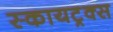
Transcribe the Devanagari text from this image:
स्कायट्रक्स